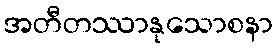
အတီတဿာနုသောစနာ